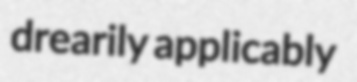
drearily applicably